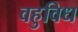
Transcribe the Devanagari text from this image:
वहुविध